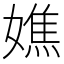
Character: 嫶